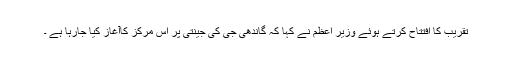
تقریب کا افتتاح کرتے ہوئے وزیر اعظم نے کہا کہ گاندھی جی کی جینتی پر اس مرکز کاآغاز کیا جارہا ہے ۔